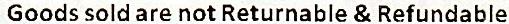
GOODS SOLD ARE NOT RETURNABLE & REFUNDABLE